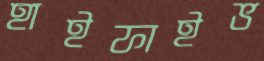
হাইফাইভ